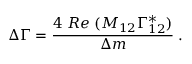
\Delta \Gamma = \frac { 4 \; R e \; ( M _ { 1 2 } \Gamma _ { 1 2 } ^ { * } ) } { \Delta m } \; .